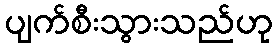
ပျက်စီးသွားသည်ဟု